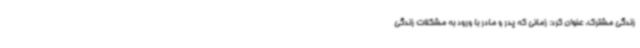
زندگی مشترک، عنوان کرد: زمانی که پدر و مادر با ورود به مشکلات زندگی